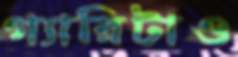
গ্যারিটাও